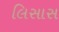
લિસાસ